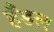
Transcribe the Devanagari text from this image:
हँडल